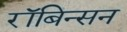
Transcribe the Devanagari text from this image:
रॉबिन्सन